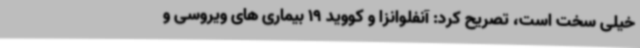
خیلی سخت است، تصریح کرد: آنفلوانزا و کووید 19 بیماری های ویروسی و